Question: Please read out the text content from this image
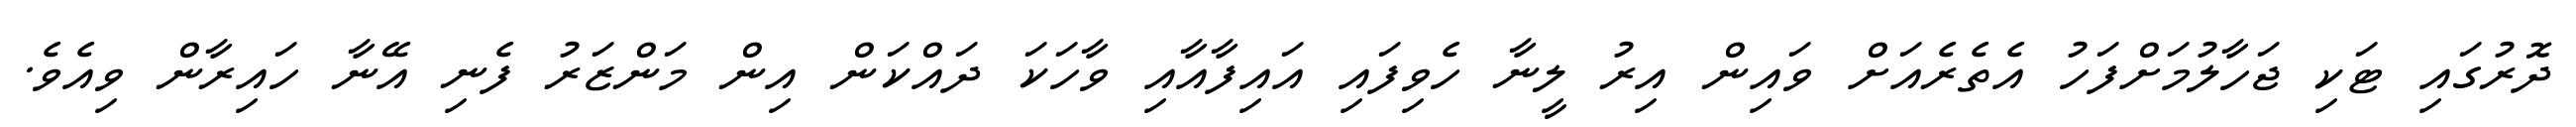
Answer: ދޮރުގައި ޓަކި ޖަހާލުމަށްފަހު އެތެރެއަށް ވައިން އިރު ލީނާ ހެވިފައި އައިފާއާއި ވާހަކަ ދައްކަން އިން މަންޒަރު ފެނި އޭނާ ހައިރާން ވިއެވެ.